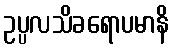
ဥပ္ပလသိခရောပမာနိ